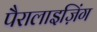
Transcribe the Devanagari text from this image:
पैरालाइज़िंग